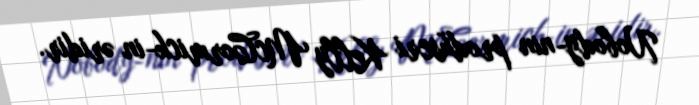
Nobody-nin prodüseri Kelly McCormick-in əridir.